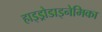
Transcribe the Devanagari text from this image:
हाइड्रोडाइनेमिका